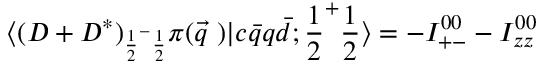
\langle ( D + D ^ { * } ) _ { { \frac { 1 } { 2 } } ^ { - } { \frac { 1 } { 2 } } } \pi ( \vec { q } ~ ) \vert c \bar { q } q \bar { d } ; { \frac { 1 } { 2 } } ^ { + } { \frac { 1 } { 2 } } \rangle = - I _ { + - } ^ { 0 0 } - I _ { z z } ^ { 0 0 }